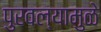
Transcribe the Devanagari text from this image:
पुरवल्यामुळे